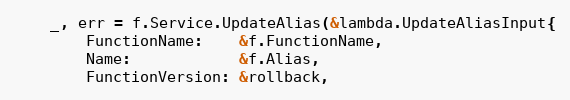
Language: Go
	_, err = f.Service.UpdateAlias(&lambda.UpdateAliasInput{
		FunctionName:    &f.FunctionName,
		Name:            &f.Alias,
		FunctionVersion: &rollback,